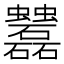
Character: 𧖌